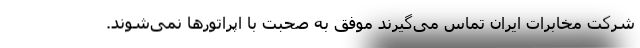
شرکت مخابرات ایران تماس می‌گیرند موفق به صحبت با اپراتورها نمی‌شوند.